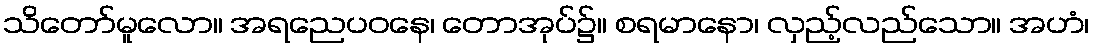
သိတော်မူလော။ အရညေပဝနေ၊ တောအုပ်၌။ စရမာနော၊ လှည့်လည်သော။ အဟံ၊